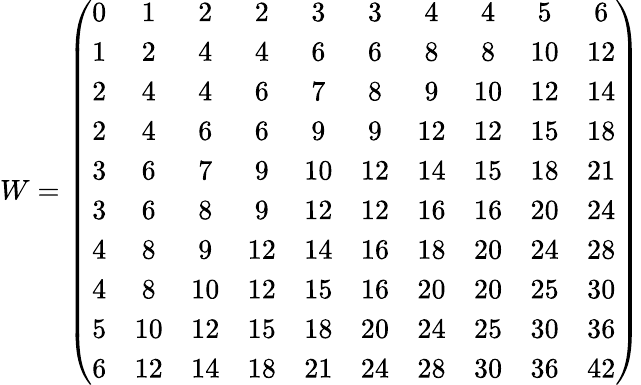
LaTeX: W=\left(\begin{array}{cccccccccc}{0}&{1}&{2}&{2}&{3}&{3}&{4}&{4}&{5}&{6}\\ {1}&{2}&{4}&{4}&{6}&{6}&{8}&{8}&{10}&{12}\\ {2}&{4}&{4}&{6}&{7}&{8}&{9}&{10}&{12}&{14}\\ {2}&{4}&{6}&{6}&{9}&{9}&{12}&{12}&{15}&{18}\\ {3}&{6}&{7}&{9}&{10}&{12}&{14}&{15}&{18}&{21}\\ {3}&{6}&{8}&{9}&{12}&{12}&{16}&{16}&{20}&{24}\\ {4}&{8}&{9}&{12}&{14}&{16}&{18}&{20}&{24}&{28}\\ {4}&{8}&{10}&{12}&{15}&{16}&{20}&{20}&{25}&{30}\\ {5}&{10}&{12}&{15}&{18}&{20}&{24}&{25}&{30}&{36}\\ {6}&{12}&{14}&{18}&{21}&{24}&{28}&{30}&{36}&{42}\end{array}\right)